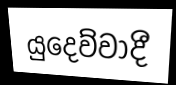
යුදෙව්වාදී